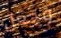
وجعل